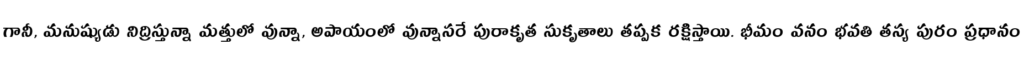
గానీ, మనుష్యుడు నిద్రిస్తున్నా మత్తులో వున్నా, అపాయంలో వున్నాసరే పురాకృత సుకృతాలు తప్పక రక్షిస్తాయి. భీమం వనం భవతి తస్య పురం ప్రధానం